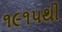
૧૯૧૫થી